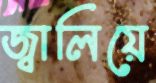
জ্বালিয়ে